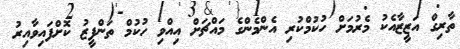
ތާރިގް އަޒީޒާއެކު މެރުމަށް ހުކުމްކުރި އެންމެންގެ މައްޗަށް އިއްވި ހުކުމް ތަންފީޒު ކޮށްފައިވާއިރު